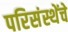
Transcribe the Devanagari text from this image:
परिसंस्थेंचे